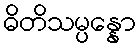
ဓိတိသမ္ပန္နော